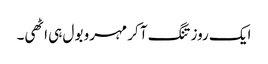
ایک روز تنگ آ کر مہرو بول ہی اٹھی۔